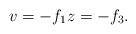
LaTeX: \begin{align*}v=-f_1z=-f_3.\end{align*}